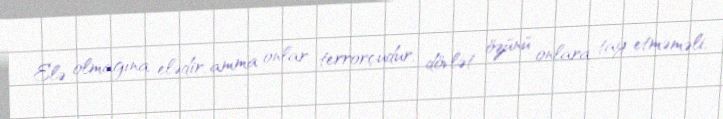
Elə olmağına elədir, amma onlar terrorçudur, dövlət özünü onlara tay etməməli,